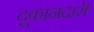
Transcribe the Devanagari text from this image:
दूकानदारी